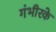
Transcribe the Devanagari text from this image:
गंभीरके